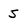
Character: 5